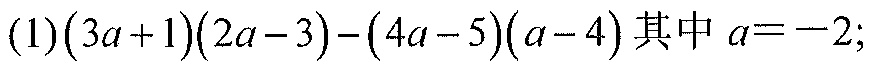
(1)\((3a + 1)(2a - 3)-(4a - 5)(a - 4)\) 其中 \(a = - 2\);